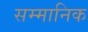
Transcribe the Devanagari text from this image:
सम्‍मानिक